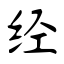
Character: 经